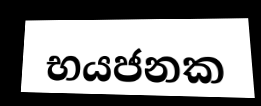
භයජනක